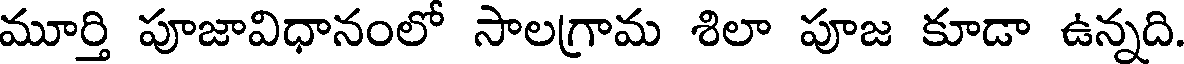
మూర్తి పూజావిధానంలో సాలగ్రామ శిలా పూజ కూడా ఉన్నది.